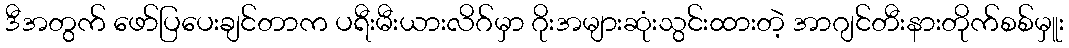
ဒီအတွက် ဖော်ပြပေးချင်တာက ပရီးမီးယားလိဂ်မှာ ဂိုးအများဆုံးသွင်းထားတဲ့ အာဂျင်တီးနားတိုက်စစ်မှူး